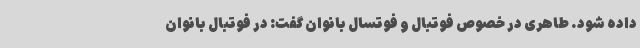
داده شود. طاهری در خصوص فوتبال و فوتسال بانوان گفت: در فوتبال بانوان